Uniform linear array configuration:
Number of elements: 16
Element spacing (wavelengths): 1
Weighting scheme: hamming
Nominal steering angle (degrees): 0
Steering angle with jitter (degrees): -0.6884
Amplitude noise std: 0.05
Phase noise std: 0.05

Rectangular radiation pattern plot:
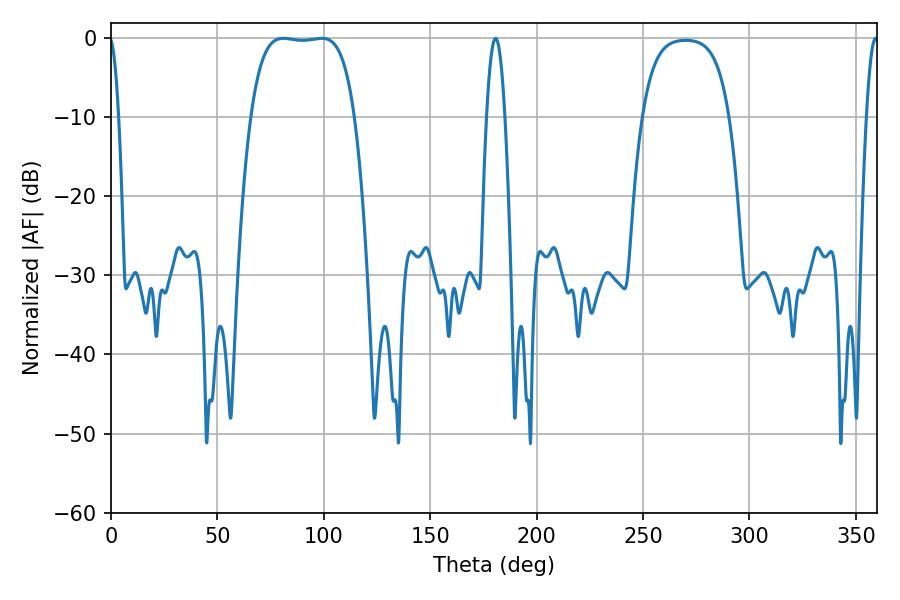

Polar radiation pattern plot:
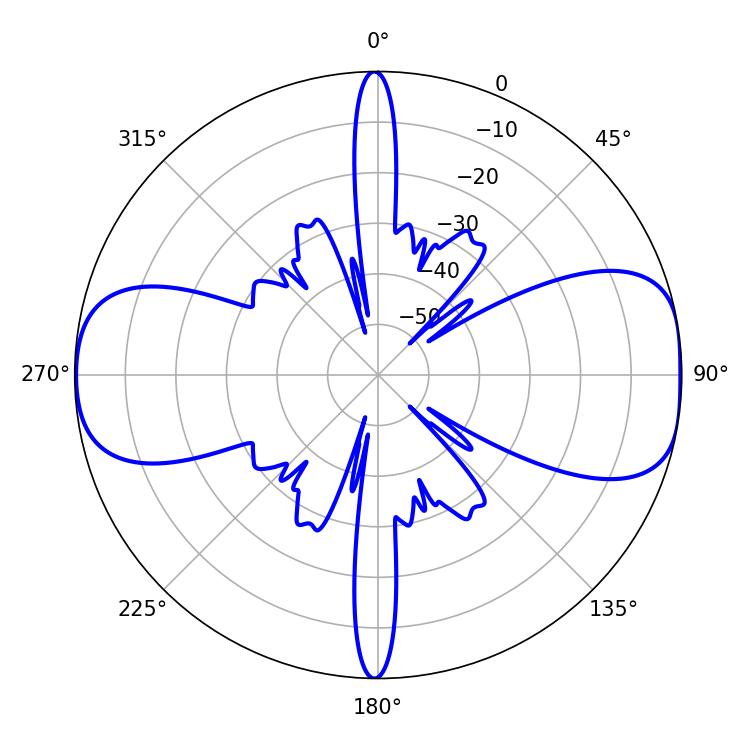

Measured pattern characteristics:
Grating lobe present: TRUE
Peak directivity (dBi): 10.423
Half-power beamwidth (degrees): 4.68
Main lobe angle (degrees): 180.72